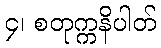
၄၊ စတုက္ကနိပါတ်